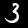
Label: 3